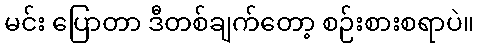
မင်း ပြောတာ ဒီတစ်ချက်တော့ စဉ်းစားစရာပဲ။